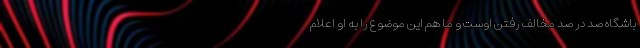
باشگاه صد در صد مخالف رفتن اوست و ما هم این موضوع را به او اعلام